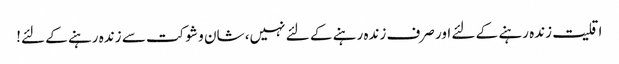
اقلیت زندہ رہنے کے لئے اور صرف زندہ رہنے کے لئے نہیں، شان و شوکت سے زندہ رہنے کے لئے!